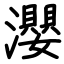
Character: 瀴